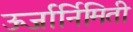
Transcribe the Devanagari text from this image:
ऊर्जार्निमिती